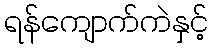
ရန်ကျောက်ကဲနှင့်